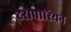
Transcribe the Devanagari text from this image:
टरोपारियन